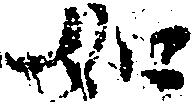
如